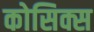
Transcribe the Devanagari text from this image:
कोसिक्स